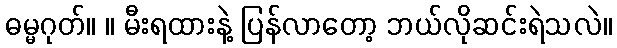
ဓမ္မဂုတ်။ ။ မီးရထားနဲ့ ပြန်လာတော့ ဘယ်လိုဆင်းရဲသလဲ။